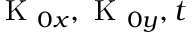
\textrm { K } _ { 0 x } , \textrm { K } _ { 0 y } , t